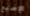
الإصبع